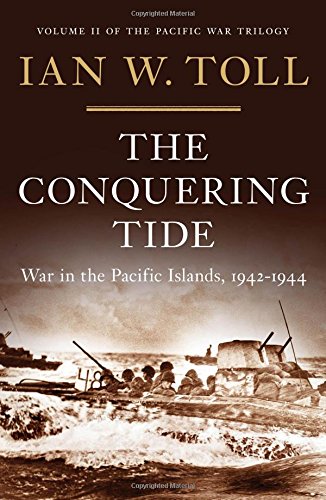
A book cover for The Conquering Tide: War in the Pacific Islands, 1942-1944 (Pacific War Trilogy); Ian W. Toll; History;